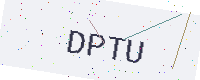
Text: DPTU